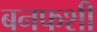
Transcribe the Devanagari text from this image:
बनफशी